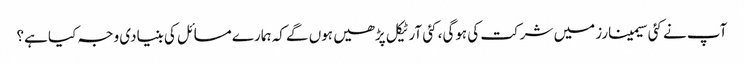
آپ نے کئی سیمینارز میں شرکت کی ہوگی، کئی آرٹیکل پڑھیں ہوں گے کہ ہمارے مسائل کی بنیادی وجہ کیا ہے؟